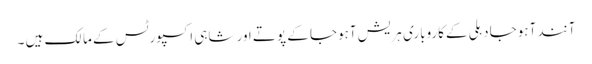
آنند آہوجا دہلی کےکاروباری ہریش آہوجا کے پوتے اور شاہی اکسپورٹس کے مالک ہیں ۔